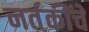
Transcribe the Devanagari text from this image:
नर्तकींचे